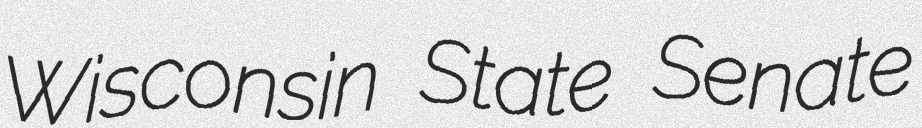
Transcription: Wisconsin State Senate